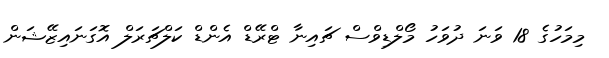
މިމަހުގެ 18 ވަނަ ދުވަހު މޯލްޑިވްސް ޗައިނާ ޓްރޭޑް އެންޑް ކަލްޗަރަލް އޮގަނައިޒޭޝަން